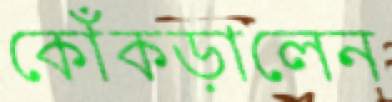
কোঁকড়ালেন